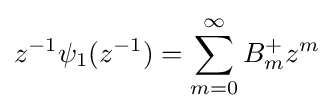
z^{-1}\psi _{1}(z^{-1})=\sum _{m=0}^{\infty }B_{m}^{+}z^{m}